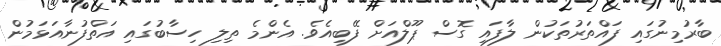
ބާރުމިނުގައި ފައްތަރުތަކުން ލާފައި ގޮސް ޕޫލްއަށް ފޭބިއެެވެ. އެންމެ ތިލި ހިސާބުގައި އަތްފުނާއަޅަމުން